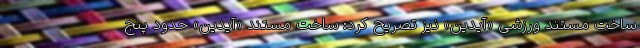
ساخت مستند ورزشی «آیدین» نیز تصریح کرد: ساخت مستند «آیدین» حدود پنج